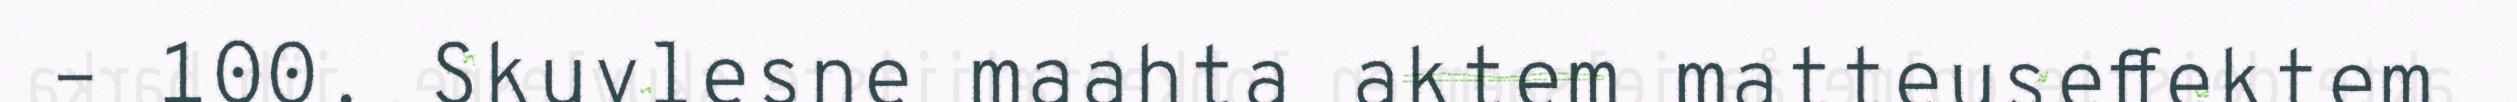
– 100. Skuvlesne maahta aktem matteuseffektem